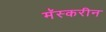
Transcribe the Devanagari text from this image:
मॅस्करीन